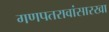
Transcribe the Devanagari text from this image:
गणपतरावांसारखा